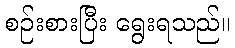
စဉ်းစားပြီး ရွေးရသည်။